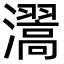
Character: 瀥